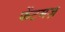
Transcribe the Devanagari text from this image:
फेंटमज़